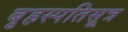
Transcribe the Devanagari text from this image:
बृहस्पतिसूत्र